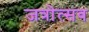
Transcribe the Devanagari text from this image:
जत्रोत्सव